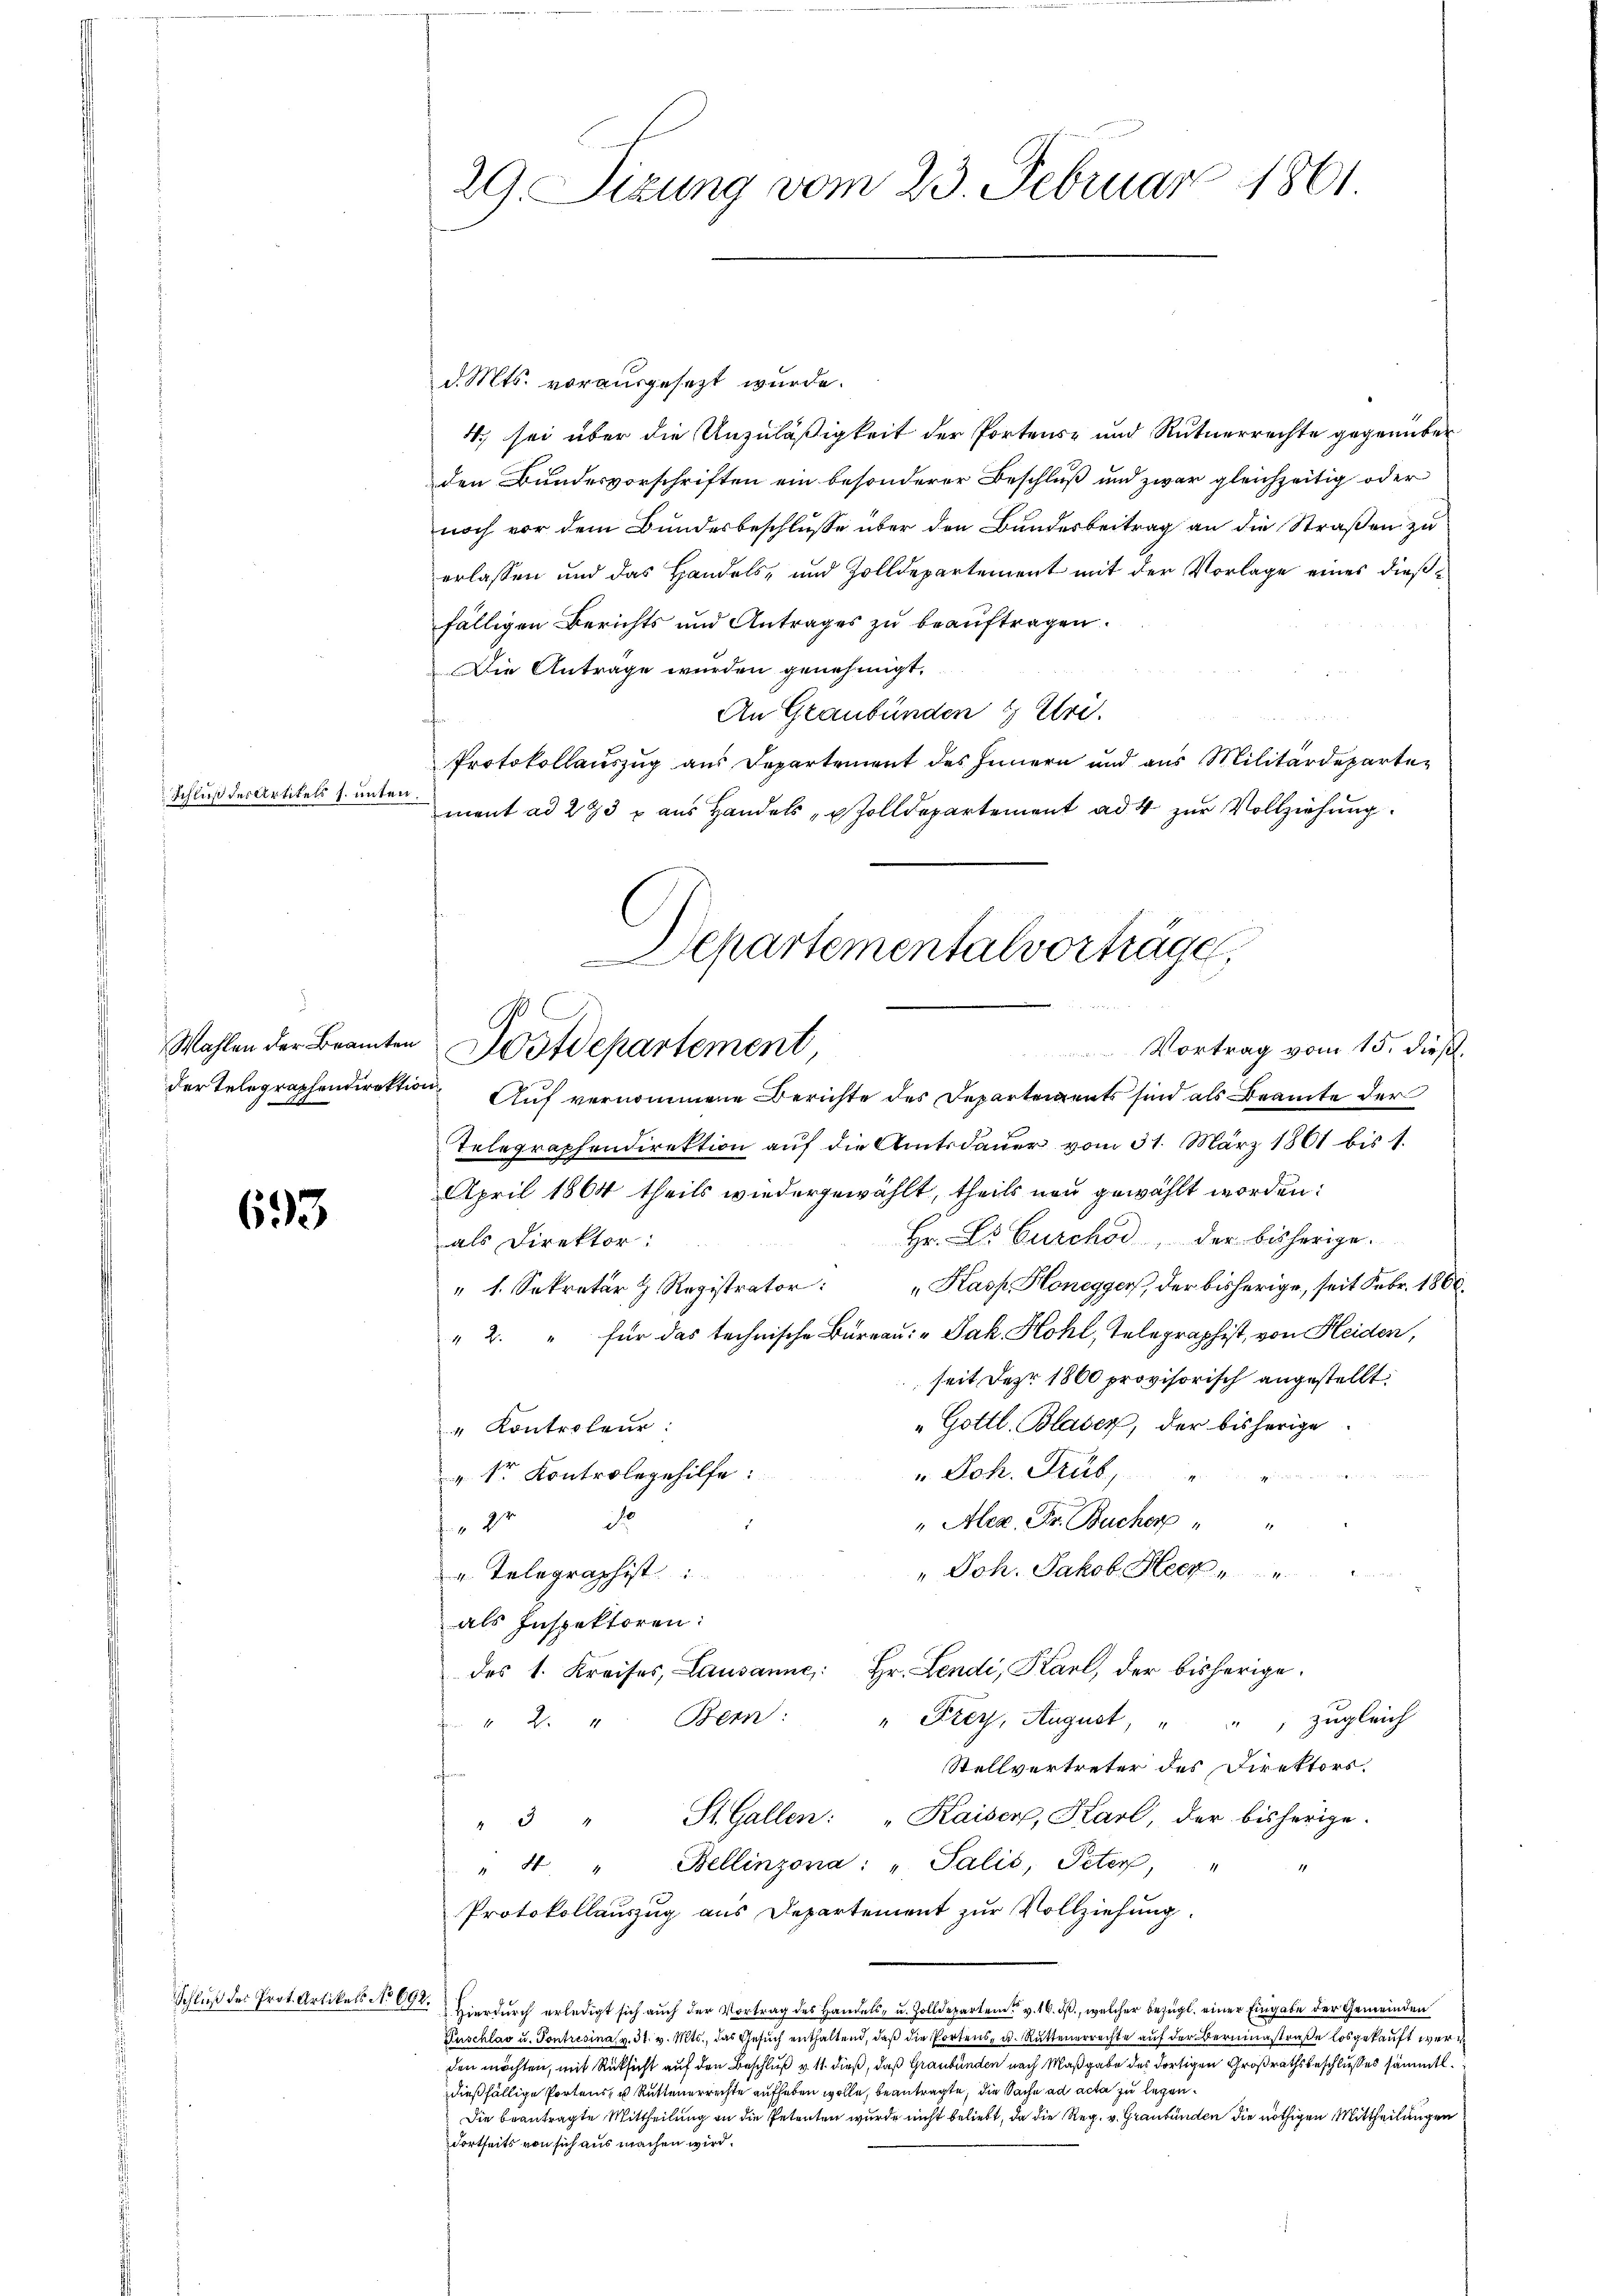
Schluß des Artikels s. unte

der Telegraphendirektion,
14

693

Schluß des Prot. Artikels No 6

29. Sizung vom 23. Februar 1861

d. Mts. vorausgesezt wurde.
4. sei über die Unzuläßigkeit der Portens- und Rutnerrechte gegenüber
den Bundesvorschriften ein besonderer Beschluß und zwar gleichzeitig oder
noch vor dem Bundesbeschlusse über den Bundesbeitrag an die Straßen zu
erlassen und das Handels- und Zolldepartement mit der Vorlage eines dießfälligen Berichts und Antrages zu beauftragen.
Die Antrage wurden genehmigt.
An Graubünden 1) Uri.
Protokollauszug aus Departement des Innern und aus Militärdeparte-
ment ad 293 x aus Handels Zolldepartement ad 4 zur Vollziehung.
Auf vernommene Berichte des Departeigents sind als Beamte der
Telegraphendirektion auf die Amtsdauer vom 31. März 1861 bis 1.
April 1864 theils wiedergewählt, theils neu gewählt worden:
Hr. Dr Curchod, der bisherige.
als Direktor:
" 1. Sekretär H. Registrator: „Kasp. Honegger, der bisherige, seit Febr. 1800.
"2. " für das technische Büreaŭ: „Jak. Hohl, Telegraphist, von Heiden,
seit der 1860 provisorisch angestellt.
" Gottl. Blaser, der bisherige
" Kontroleur:
" Joh. Trüb,

v Sr. Kontrolegehilfe:
d
.
" Alex. Fr. Bucher " "
22
" Joh. Jakob Herr
". Telegraphist
als Inspektoren:
des 1. Kreises, Lausanne: Hr. Lendi, Karl, der bisherige
" Frey, August, " " zugleich
"2. " Bern:
Stellvertreter des Direktors.
"3 " St. Gallen: „Kaiser, Karl, der bisherige.
" 4. " Bellinzona: " Salis, Peter, "
Protokollauszug aus Departement zur Vollziehung.
92. Hierdurch erledigt sich auch der Vortrag des Handels- u. Zolldepartem v. 16. ds., welcher bezügl. einer Eingabe der Gemeinden
Puschlav u. Pontresina v. 31. v. Mts., das Gesŭch enthaltend, daβ die Portens- u. Rüttenerrechte auf der Bereinstraße losgekauft werd
den möchten, mit Rücksicht auf den Beschluß v. 11. dieß, daß Graubünden nach Maßgabe des dortigen Großrathsbeschlußes sämmtl.
dießfällige Portens, us Rutteuerrechte aufhaben wolle, beantragte, die Sache ad acta zu legen¬
Die beantragte Mittheilung an die Petenten wurde nicht beliebt, da die Reg. v. Graubünden die nöthigen Mittheilungen
dortseits von sich aus machen wird.

Departemental vorträge,
Wahlen der Beamten Wostdepartement
Vortrag vom 15. dieß.